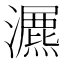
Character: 𤂏